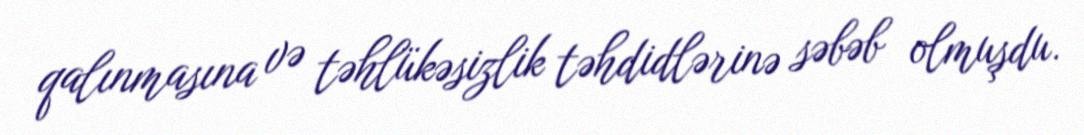
qalınmasına və təhlükəsizlik təhdidlərinə səbəb olmuşdu.